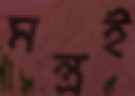
মন্ত্রই